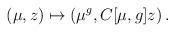
LaTeX: \begin{align*}(\mu,z)\mapsto (\mu^g, C[\mu,g]z)\,.\end{align*}